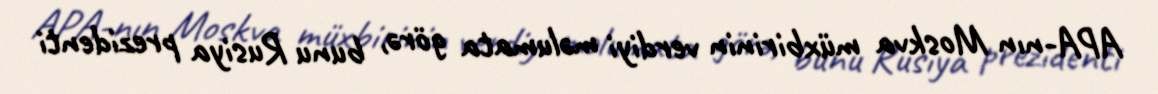
APA-nın Moskva müxbirinin verdiyi məlumata görə, bunu Rusiya prezidenti